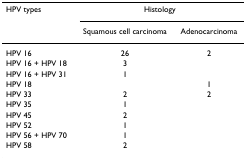
| HPV types | <COLSPAN=2> Histology |
 |  | Squamous cell carcinoma | Adenocarcinoma |
 | --- | --- | --- |
 | HPV 16 | 26 | 2 |
 | HPV 16 + HPV 18 | 3 |  |
 | HPV 16 + HPV 31 | 1 |  |
 | HPV 18 |  | 1 |
 | HPV 33 | 2 | 2 |
 | HPV 35 | 1 |  |
 | HPV 45 | 2 |  |
 | HPV 52 | 1 |  |
 | HPV 56 + HPV 70 | 1 |  |
 | HPV 58 | 2 |  |